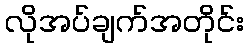
လိုအပ်ချက်အတိုင်း